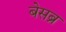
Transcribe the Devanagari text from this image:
बेसब्र